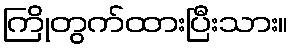
ကြိုတွက်ထားပြီးသား။